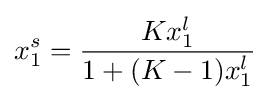
x_{1}^{s}={\frac {Kx_{1}^{l}}{1+(K-1)x_{1}^{l}}}